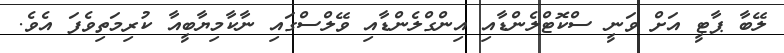
ލޭބާ ޕާޓީ އަށް ވަނީ ސްކޮޓްލެންޑާއި އިންގްލެންޑާއި ވޭލްސްގައި ނާކާމިޔާބީއާ ކުރިމަތިވެފަ އެވެ.